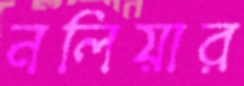
নলিয়ার